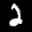
Label: 2